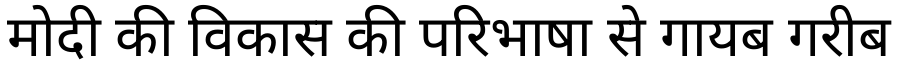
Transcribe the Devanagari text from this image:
मोदी की विकास की परिभाषा से गायब गरीब